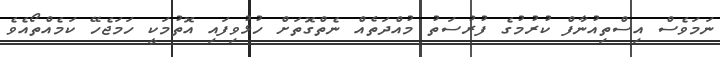
ނަމަވެސް އިސްތިއުނާފް ކުރުމުގެ ފުރުސަތު މުއްދަތެއް ނެތްގޮތަށް ހުޅުވިފައި އޮތުމަކީ ހަމަޖެހޭ ކަމެއްތޯއެވެ